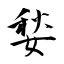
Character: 媝